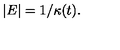
| E | = 1 / \kappa ( t ) .